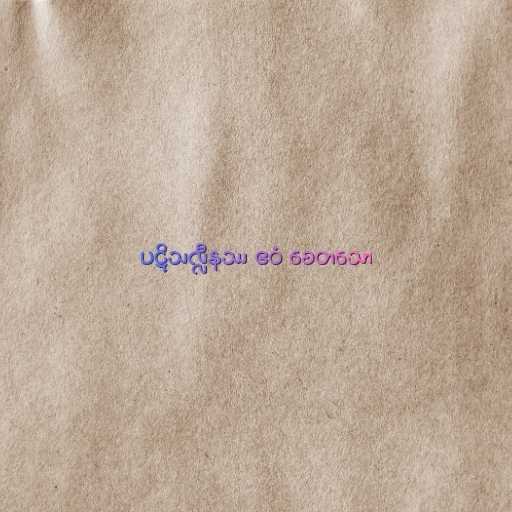
ပဋိသလ္လီနဿ ဧဝံ စေတသော